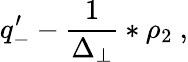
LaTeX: q_{-}^{\prime}-\frac{1}{\Delta_{\perp}}\ast\rho_{2}\ ,